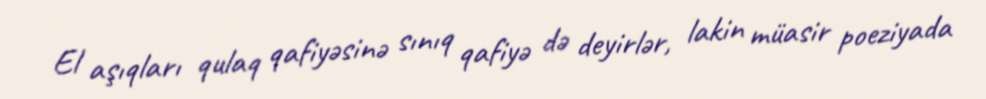
El aşıqları qulaq qafiyəsinə sınıq qafiyə də deyirlər, lakin müasir poeziyada